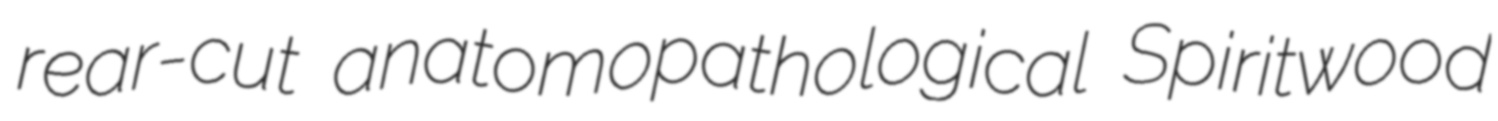
rear-cut anatomopathological Spiritwood